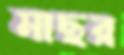
মাছর